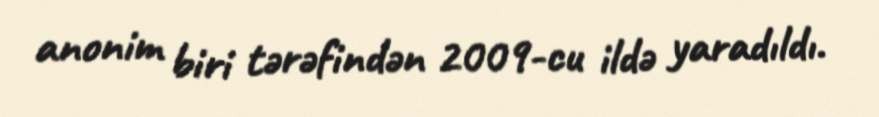
anonim biri tərəfindən 2009-cu ildə yaradıldı.